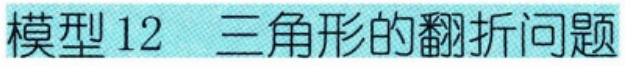
模型 12  三角形的翻折问题